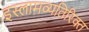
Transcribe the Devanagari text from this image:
इस्लामव्यतिरिक्त